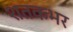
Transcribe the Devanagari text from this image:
शतकभर